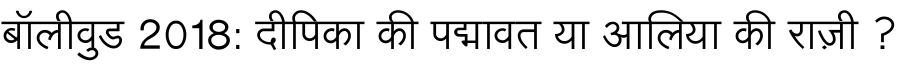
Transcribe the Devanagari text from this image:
बॉलीवुड 2018: दीपिका की पद्मावत या आलिया की राज़ी ?